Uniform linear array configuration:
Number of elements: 24
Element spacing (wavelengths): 0.5
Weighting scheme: exponential
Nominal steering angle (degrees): -45
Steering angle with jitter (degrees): -45.994
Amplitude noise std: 0.05
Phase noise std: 0.05

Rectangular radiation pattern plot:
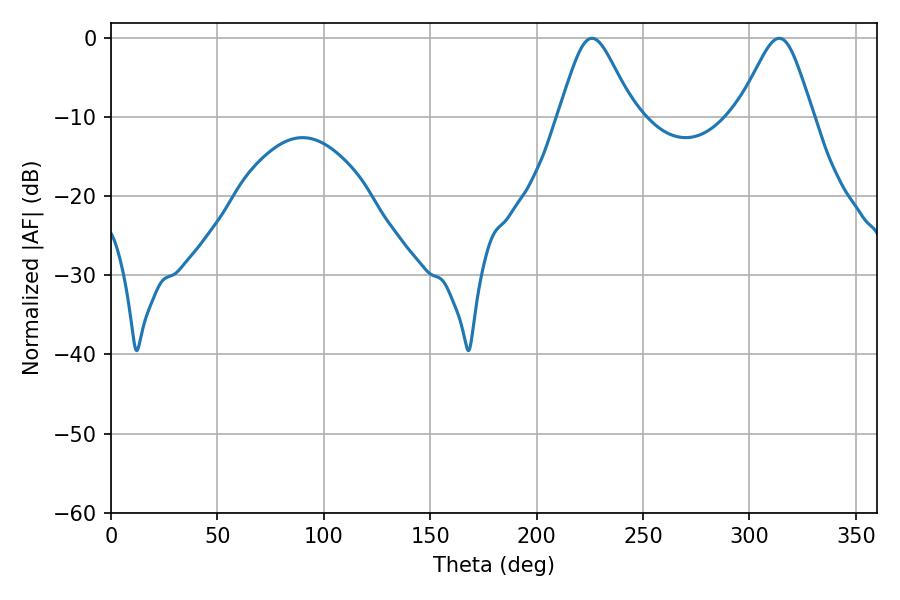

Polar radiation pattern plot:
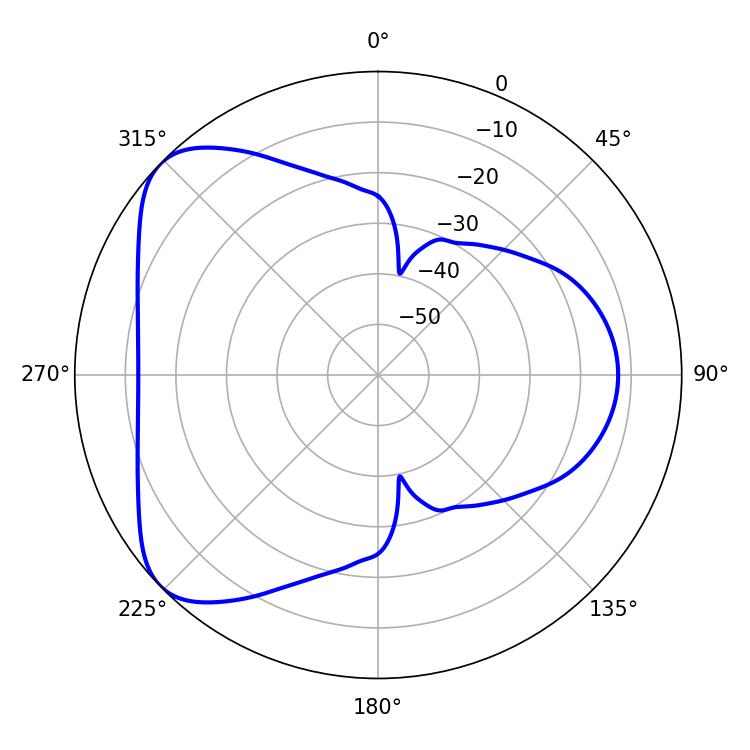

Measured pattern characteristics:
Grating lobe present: FALSE
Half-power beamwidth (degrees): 17.28
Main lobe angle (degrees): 226.08